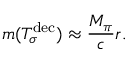
m ( T _ { \sigma } ^ { \mathrm { d e c } } ) \approx \frac { M _ { \pi } } { c } r .